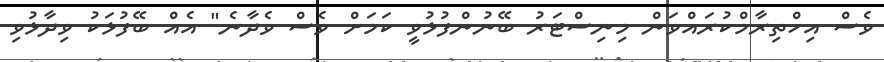
ވެސް އިހްތިރާމްކުރައްވަން މިނިސްޓަރު ބޭނުންފުޅުވީ ކަަމަށް ވެސް ވެދާނެ" އެއް ބޭފުޅަކު ވިދާޅުވި